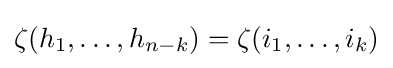
\zeta (h_{1},\dots ,h_{n-k})=\zeta (i_{1},\dots ,i_{k})